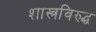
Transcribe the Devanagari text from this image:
शास्त्रविरुद्ध